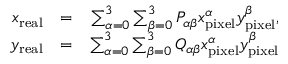
\begin{array} { r l r } { x _ { \mathrm { r e a l } } } & { = } & { \sum _ { \alpha = 0 } ^ { 3 } \sum _ { \beta = 0 } ^ { 3 } P _ { \alpha \beta } x _ { \mathrm { p i x e l } } ^ { \alpha } y _ { \mathrm { p i x e l } } ^ { \beta } , } \\ { y _ { \mathrm { r e a l } } } & { = } & { \sum _ { \alpha = 0 } ^ { 3 } \sum _ { \beta = 0 } ^ { 3 } Q _ { \alpha \beta } x _ { \mathrm { p i x e l } } ^ { \alpha } y _ { \mathrm { p i x e l } } ^ { \beta } } \end{array}